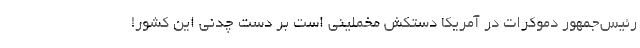
رئیس‌جمهور دموکرات در آمریکا دستکش مخملینی است بر دست چدنی این کشور!